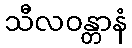
သီလဝန္တာနံ